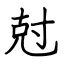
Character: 尅